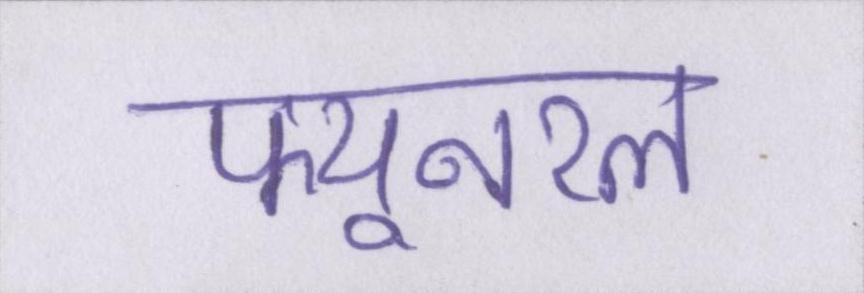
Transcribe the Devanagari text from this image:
फ्यूनरल